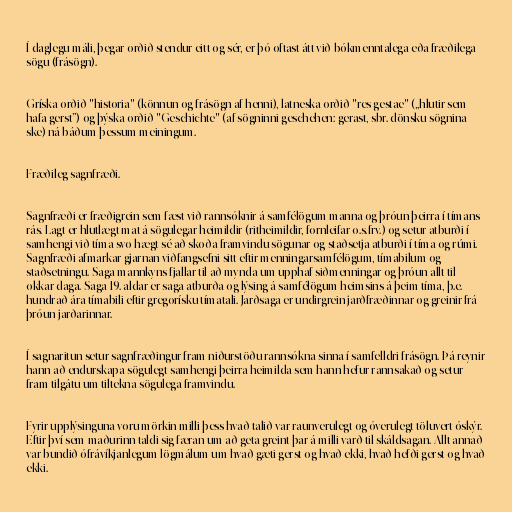
Í daglegu máli, þegar orðið stendur eitt og sér, er þó oftast átt við bókmenntalega eða fræðilega
sögu (frásögn).

Gríska orðið "historia" (könnun og frásögn af henni), latneska orðið "res gestae" („hlutir sem
hafa gerst”) og þýska orðið "Geschichte" (af sögninni geschehen: gerast, sbr. dönsku sögnina
ske) ná báðum þessum meiningum.

Fræðileg sagnfræði.

Sagnfræði er fræðigrein sem fæst við rannsóknir á samfélögum manna og þróun þeirra í tímans
rás. Lagt er hlutlægt mat á sögulegar heimildir (ritheimildir, fornleifar o.s.frv.) og setur atburði í
samhengi við tíma svo hægt sé að skoða framvindu sögunar og staðsetja atburði í tíma og rúmi.
Sagnfræði afmarkar gjarnan viðfangsefni sitt eftir menningarsamfélögum, tímabilum og
staðsetningu. Saga mannkyns fjallar til að mynda um upphaf siðmenningar og þróun allt til
okkar daga. Saga 19. aldar er saga atburða og lýsing á samfélögum heimsins á þeim tíma, þ.e.
hundrað ára tímabili eftir gregorísku tímatali. Jarðsaga er undirgrein jarðfræðinnar og greinir frá
þróun jarðarinnar.

Í sagnaritun setur sagnfræðingur fram niðurstöðu rannsókna sinna í samfelldri frásögn. Þá reynir
hann að endurskapa sögulegt samhengi þeirra heimilda sem hann hefur rannsakað og setur
fram tilgátu um tiltekna sögulega framvindu.

Fyrir upplýsinguna voru mörkin milli þess hvað talið var raunverulegt og óverulegt töluvert óskýr.
Eftir því sem maðurinn taldi sig færan um að geta greint þar á milli varð til skáldsagan. Allt annað
var bundið ófrávíkjanlegum lögmálum um hvað gæti gerst og hvað ekki, hvað hefði gerst og hvað
ekki.